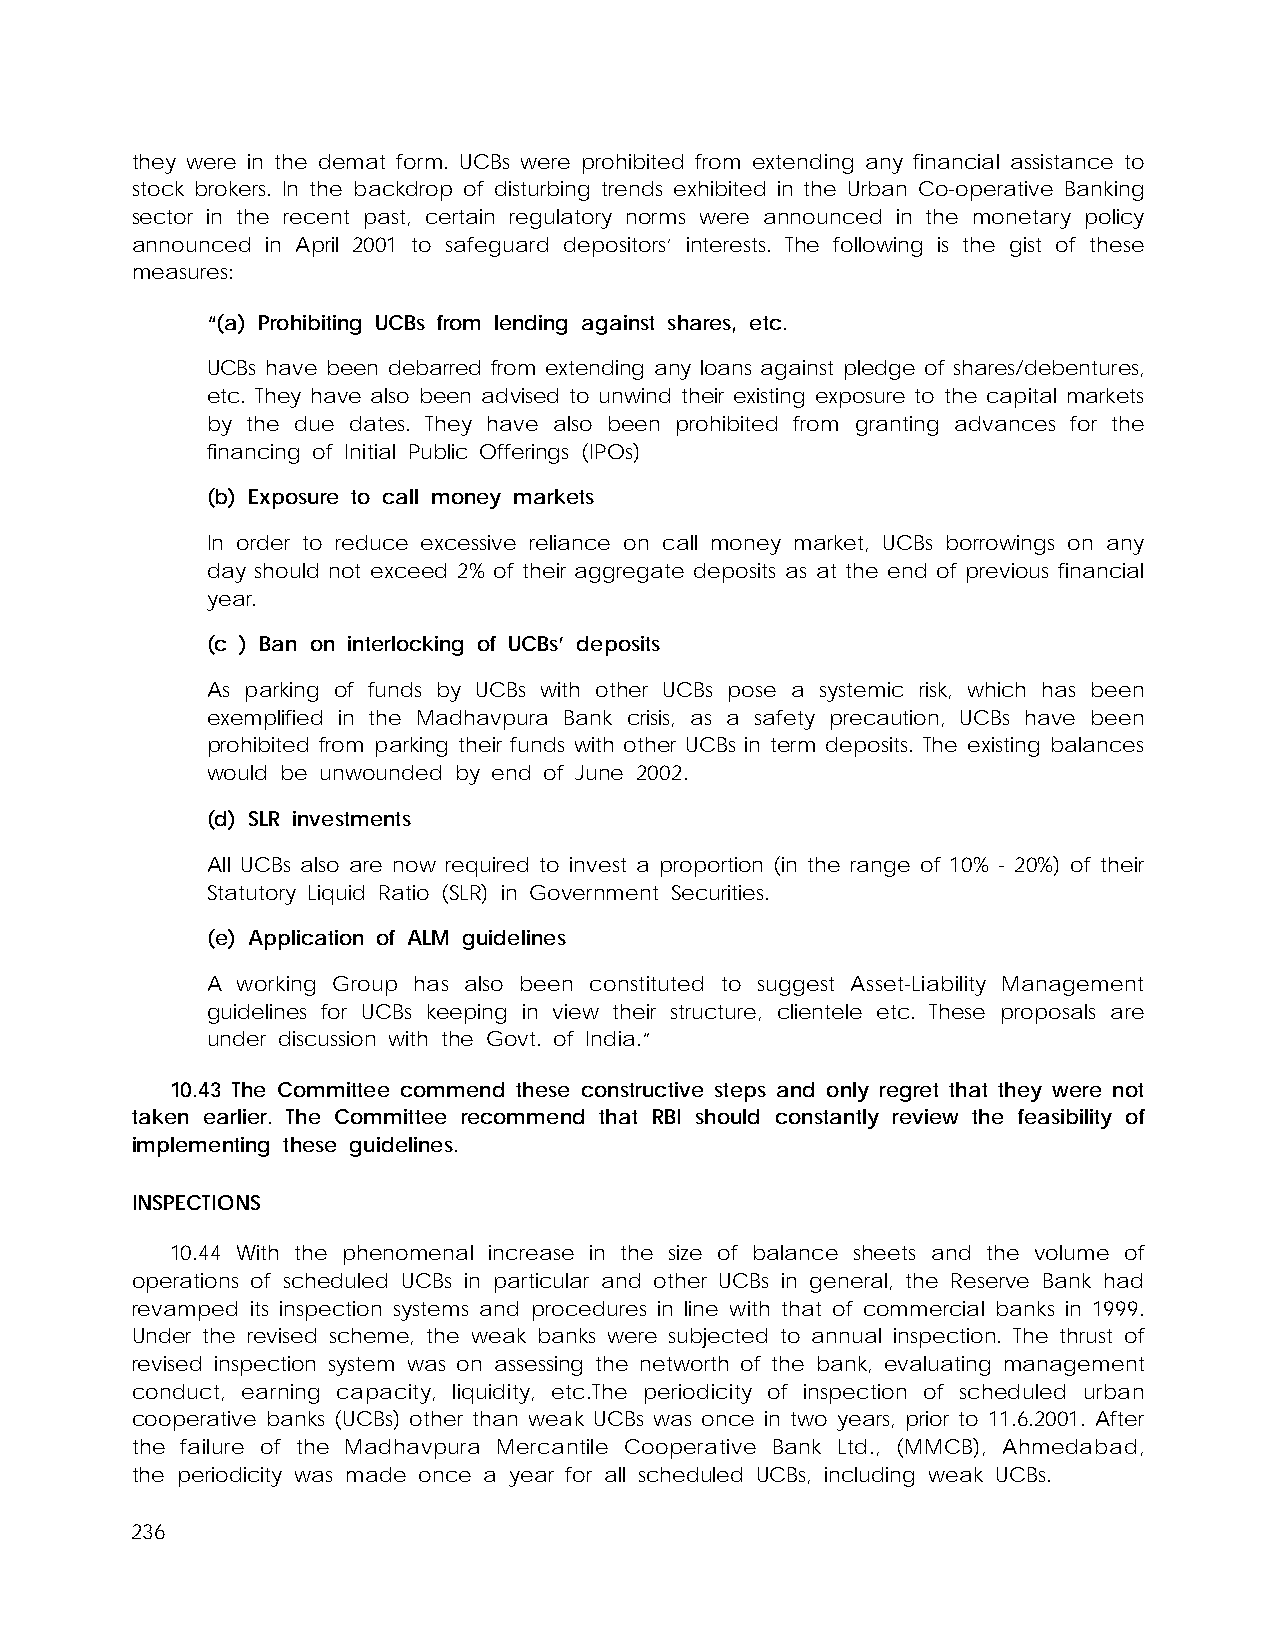
they were in the demat form. UCBs were prohibited from extending any financial assistance to
 stock brokers. In the backdrop of disturbing trends exhibited in the Urban Co-operative Banking
 sector in the recent past, certain regulatory norms were announced in the monetary policy
 announced in April 2001 to safeguard depositors’ interests. The following is the gist of these
 measures:
 “(a) Prohibiting UCBs from lending against shares, etc.
 UCBs have been debarred from extending any loans against pledge of shares/debentures,
 etc. They have also been advised to unwind their existing exposure to the capital markets
 by the due dates. They have also been prohibited from granting advances for the
 financing of Initial Public Offerings (IPOs)
 (b) Exposure to call money markets
 In order to reduce excessive reliance on call money market, UCBs borrowings on any
 day should not exceed 2% of their aggregate deposits as at the end of previous financial
 year.
 (c ) Ban on interlocking of UCBs’ deposits
 As parking of funds by UCBs with other UCBs pose a systemic risk, which has been
 exemplified in the Madhavpura Bank crisis, as a safety precaution, UCBs have been
 prohibited from parking their funds with other UCBs in term deposits. The existing balances
 would be unwounded by end of June 2002.
 (d) SLR investments
 All UCBs also are now required to invest a proportion (in the range of 10% - 20%) of their
 Statutory Liquid Ratio (SLR) in Government Securities.
 (e) Application of ALM guidelines
 A working Group has also been constituted to suggest Asset-Liability Management
 guidelines for UCBs keeping in view their structure, clientele etc. These proposals are
 under discussion with the Govt. of India.”
 10.43 The Committee commend these constructive steps and only regret that they were not
 taken earlier. The Committee recommend that RBI should constantly review the feasibility of
 implementing these guidelines.
 INSPECTIONS
 10.44 With the phenomenal increase in the size of balance sheets and the volume of
 operations of scheduled UCBs in particular and other UCBs in general, the Reserve Bank had
 revamped its inspection systems and procedures in line with that of commercial banks in 1999.
 Under the revised scheme, the weak banks were subjected to annual inspection. The thrust of
 revised inspection system was on assessing the networth of the bank, evaluating management
 conduct, earning capacity, liquidity, etc.The periodicity of inspection of scheduled urban
 cooperative banks (UCBs) other than weak UCBs was once in two years, prior to 11.6.2001. After
 the failure of the Madhavpura Mercantile Cooperative Bank Ltd., (MMCB), Ahmedabad,
 the periodicity was made once a year for all scheduled UCBs, including weak UCBs.
 236